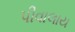
પીવાલાય